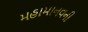
મહામાનવની